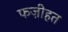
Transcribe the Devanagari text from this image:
फज़ीहत